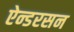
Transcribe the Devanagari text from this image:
ऐन्डरसन